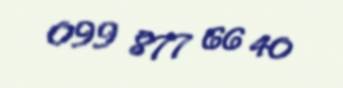
099 877 66 40